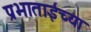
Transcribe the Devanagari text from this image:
प्रभाताईंच्या